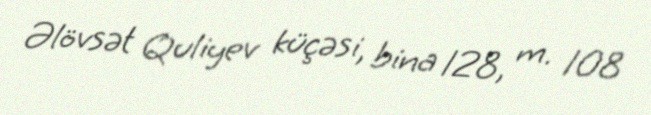
Əlövsət Quliyev küçəsi, bina 128, m. 108